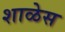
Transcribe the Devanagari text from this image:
शाळेस